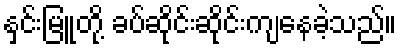
နှင်းမြူတို့ ခပ်ဆိုင်းဆိုင်းကျနေခဲ့သည်။